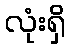
လုံးရှိ